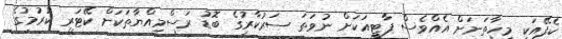
ކެފޭއަކީ މިހާތަނަށް އެއްވެސް ޕާޓީއަކަށް ނުވަތަ ސަރުކާރުގެ ބޮޑު ރަސްމިއްޔާތަކަށް ކޭޓަރ ކުރުމުގެ